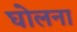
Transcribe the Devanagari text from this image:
घोलना